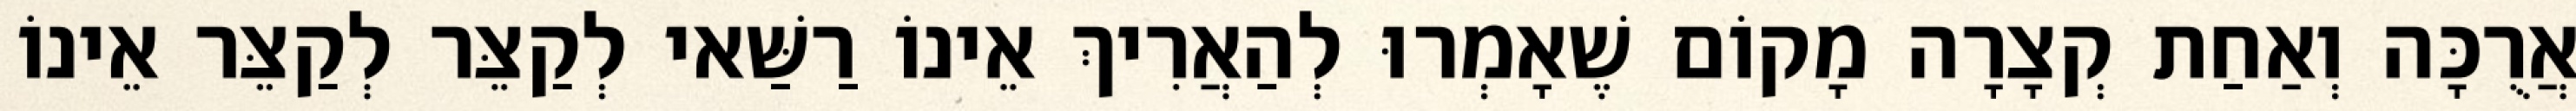
אֲרֻכָּה וְאַחַת קְצָרָה מָקוֹם שֶׁאָמְרוּ לְהַאֲרִיךְ אֵינוֹ רַשַּׁאי לְקַצֵּר לְקַצֵּר אֵינוֹ